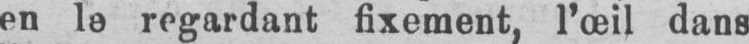
en le regardant fixement, l’œil dans